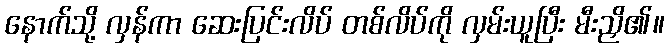
နောက်သို့ လှန်ကာ ဆေးပြင်းလိပ် တစ်လိပ်ကို လှမ်းယူပြီး မီးညှိ၏။